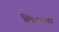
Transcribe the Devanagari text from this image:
लिटरचा